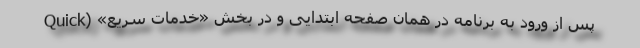
پس از ورود به برنامه در همان صفحه ابتدایی و در بخش «خدمات سریع» (Quick